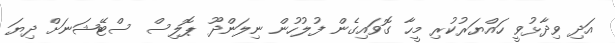
އަދި ވިދާޅުވީ ހައްޔަރުކުރި މީހާ ގޮވައިގެން ފުލުހުން ނިލަންދޫ ޕޮލިސް ސްޓޭޝަނަށް ދިޔަ